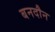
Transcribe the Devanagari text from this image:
बनदौन